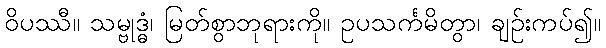
ဝိပဿီ။ သမ္ဗုဒ္ဓံ၊ မြတ်စွာဘုရားကို။ ဥပသင်္ကမိတွာ၊ ချဉ်းကပ်၍။